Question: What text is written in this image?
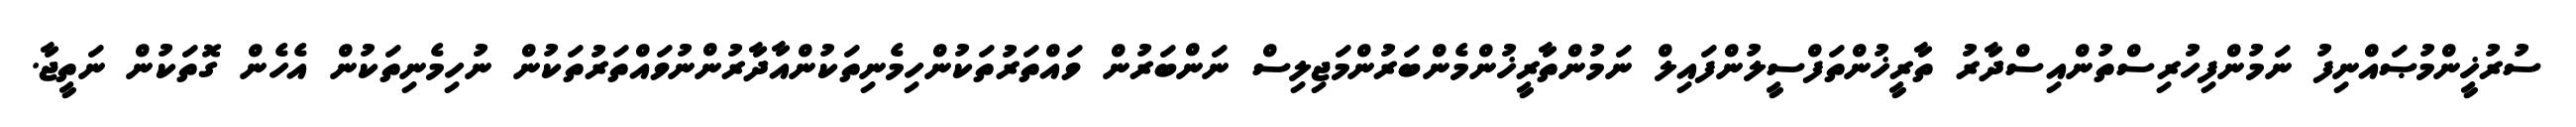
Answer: ސުރުޚީންމުޞައްނިފު ނަމުންފިހުރިސްތުންއިސްދާރު ތާރީޚުންތަފްސީލުންފައިލް ނަމުންތާރީޚުންމެންބަރުންމަޖިލިސް ނަންބަރުން ވައްތަރުތަކުންހިމެނިތަކުންއާދާރުންނުވައްތަރުތަކުން ނުހިމެނިތަކުން އެހެން ގޮތަކުން ނަތީޖާ.